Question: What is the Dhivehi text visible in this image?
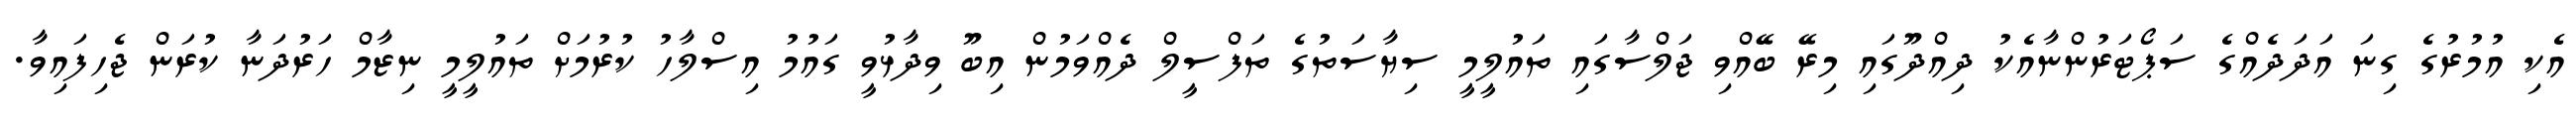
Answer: އެކި އުމުރުގެ ގިނަ އަދަދެއްގެ ސަޕޯޓަރުންނާއެކު ދިއްދޫގައި މިރޭ ބޭއްވި ޖަލްސާގައި ތައުލީމީ ސިޔާސަތުގެ ތަފްސީލް ދެއްވަމުން އިބޫ ވިދާޅުވީ ގައުމު އިސްލާހު ކުރުމަށް ތައުލީމީ ނިޒާމް ހަރުދަނާ ކުރަން ޖެހިފައިވާ.